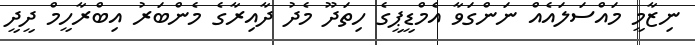
ނިޒާމީ މައްސަލައެއް ނަންގަވާ އެމްޑީޕީގެ ހިތަދޫ މެދު ދާއިރާގެ މެންބަރު އިބްރާހީމް ދީދީ